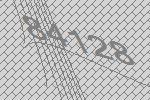
84128